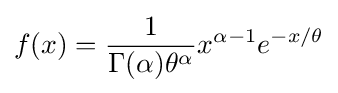
f(x)={\frac {1}{\Gamma (\alpha )\theta ^{\alpha }}}x^{\alpha -1}e^{-x/\theta }